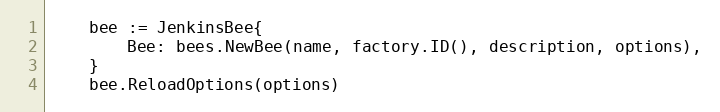
Language: Go
	bee := JenkinsBee{
		Bee: bees.NewBee(name, factory.ID(), description, options),
	}
	bee.ReloadOptions(options)